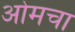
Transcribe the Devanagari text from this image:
ओमचा